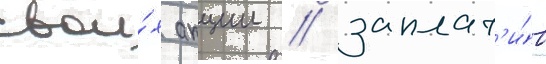
свои́х акции / заплат'и́в